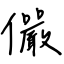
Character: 儼